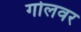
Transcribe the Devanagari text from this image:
गोलवर